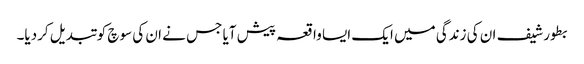
بطور شیف ان کی زندگی میں ایک ایسا واقعہ پیش آیا جس نے ان کی سوچ کو تبدیل کردیا۔